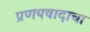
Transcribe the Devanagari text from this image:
प्रणयवादाचा